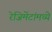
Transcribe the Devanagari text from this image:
रेजिमेंटांमध्ये